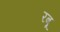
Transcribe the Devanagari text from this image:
रबू